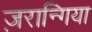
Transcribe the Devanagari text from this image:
ज़रान्गिया